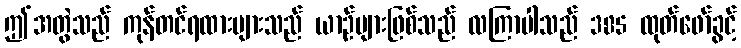
ဤအတွဲသည် ကုန်တင်ရထားများသည် ယာဉ်များဖြစ်သည် လကြာပါသည် 385 ထုတ်ဖော်ခွင့်